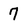
Character: 7